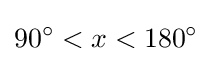
90^{\circ }<x<180^{\circ }